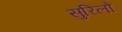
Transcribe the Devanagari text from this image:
सुरिलो